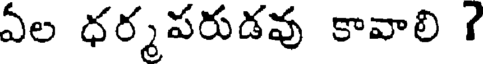
ఏల ధర్మపరుడవు కావాలి ?